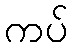
ကပ်